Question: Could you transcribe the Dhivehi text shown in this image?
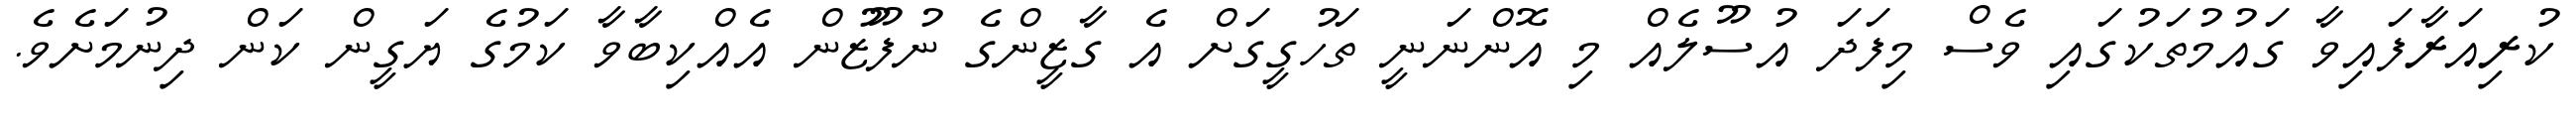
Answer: ކުރިއަރާފައިވާ ގައުމުތަކުގައި ވެސް މިފަދަ އުސޫލެއް މި އޮންނަނީ ތަހުގީގަށް އެ ގާޒީންގެ ނުފޫޒުން އެއްކިބާވާ ކަމުގެ ޔަގީން ކަން ދިނުމަށެވެ.